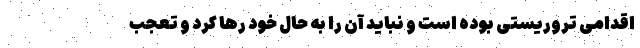
اقدامی تروریستی بوده است و نباید آن را به حال خود رها کرد و تعجب